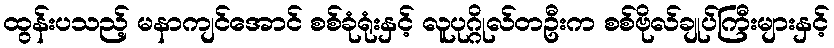
ထွန်းပသည့် မနာကျင်အောင် စစ်ခုံရုံးနှင့် လူပုဂ္ဂိုလ်တဦးက စစ်ဗိုလ်ချုပ်ကြီးများနှင့်